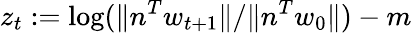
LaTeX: z_{t}:=\log(\| n^{T}w_{t+1}\| /\| n^{T}w_{0}\| )-m